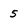
Character: 5